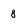
Character: 8